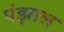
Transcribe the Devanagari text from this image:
पंझाल